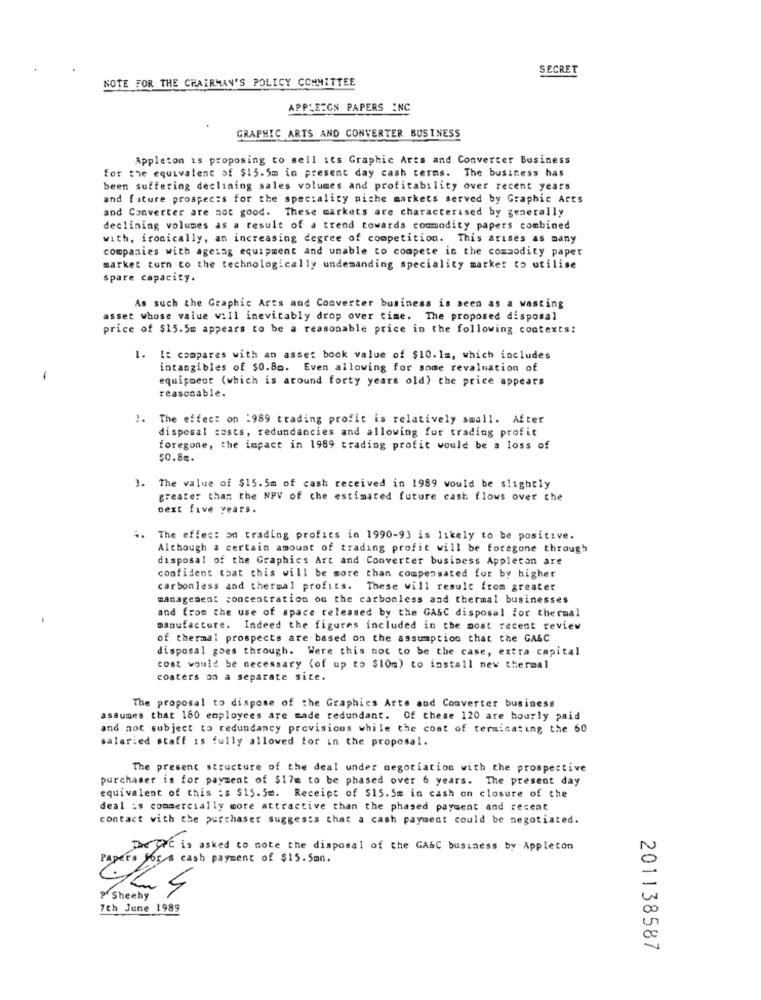
SECRET
NOTE FOR THE CHAIRMAN'S POLICY COMMITTEE
APPLEICS PAPERS INC
GRAPHIC ARTS AND CONVERTER BUSINESS
Appleton is proposing to sell its Graphic Arts and Converter Business
for the equivalent of $15.5m in present day cash terms. The business has
been suffering declining sales volumes and profitability over recent years
and future prospects for the speciality niche markets served by Graphic Arts
and Converter are not good. These markets are characterised by generally
declining volumes as a result of a trend towards commodity papers combined
with, ironically, an increasing degree of competition. This arises as many
companies with agetag equipment and unable to compete in the commodity paper
market turn to the technologically undemanding speciality market to utilise
spare capacity.
As such the Graphic Arts and Converter business is seen as a wasting
asset whose value will inevitably drop over time. The proposed disposal
price of $15.5m appears to be a reasonable price in the following contexts:
It compares with an asset book value of $10.1m, which includes
intangibles of $0.80. Even allowing for some revaluation of
equipment (which is around forty years old) the price appears
reasonable.
The effect on :989 trading profit is relatively small. After
disposal casts, redundancies and allowing for trading profit
foregone, the impact in 1989 trading profit would be a loss of
$0.88.
The value of $15.5m of cash received in 1989 would be slightly
greater than the NPV of che estimated future cash flows over the
next five years.
The effect on trading profits in 1990-93 is likely to be positive.
Although a certain amount of trading profit will be foregone through
disposal of the Graphics Art and Converter business Appleton are
confident that this will be more than compensated for by higher
carbonless and thermal profits. These will result from greater
management concentration on the carbonless and thermal businesses
and from the use of space released by the GASC disposal for thermal
manufacture. Indeed the figures included in the most recent review
of thermal prospects are based on the assumption that the GA&C
disposal goes through. Were this not to be the case, extra capital
cost would be necessary (of up to $10m) to install new thermal
costers on a separate site.
The proposal to dispose of the Graphics Arts and Converter business
assumes that 180 employees are made redundant. Of these 120 are hourly paid
and not subject to redundancy provisions while the cost of terminating the 60
salaried staff is fully allowed for in the proposal.
The present structure of the deal under negotiation with the prospective
purchaser is for payment of $17m to be phased over 6 years. The present day
equivalent of this :s $15.5m. Receipt of $15.5m in cash on closure of the
deal :s commercially more attractive than the phased payment and recent
contact with the purchaser suggests that a cash payment could be negotiated.
They'c is asked to note the disposal of the GAGC business by Appleton
Papers Jog's cash payment of $15. 5mn.
Sheeby
7th June 1989
201138587